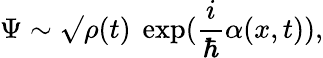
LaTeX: \Psi\sim\surd\rho(t)~\exp(\frac{i}{\hbar}\alpha(x,t)),